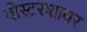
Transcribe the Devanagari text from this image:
वोस्टरशायर